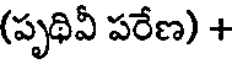
(పృథివీ పరేణ) +